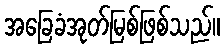
အခြေခံအုတ်မြစ်ဖြစ်သည်။